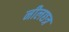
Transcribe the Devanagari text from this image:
नीलछत्र